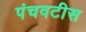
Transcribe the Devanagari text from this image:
पंचवटीस